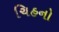
ચિહનો